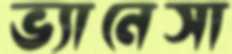
ভ্যানেসা